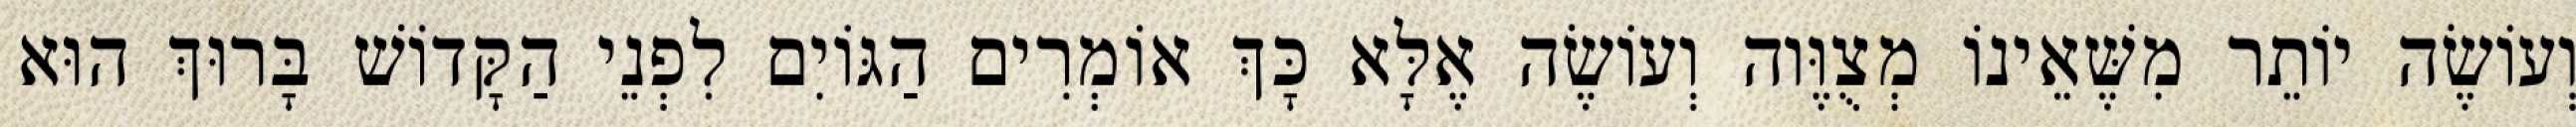
וְעוֹשֶׂה יוֹתֵר מִשֶּׁאֵינוֹ מְצֻוֶּוה וְעוֹשֶׂה אֶלָּא כָּךְ אוֹמְרִים הַגּוֹיִם לִפְנֵי הַקָּדוֹשׁ בָּרוּךְ הוּא